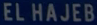
EL HAJEB